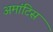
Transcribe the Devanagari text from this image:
अमांटिस